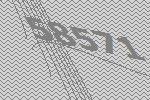
58571